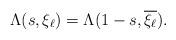
LaTeX: \begin{align*}\Lambda(s,\xi_{\ell}) = \Lambda(1-s,\overline{\xi_{\ell}}).\end{align*}